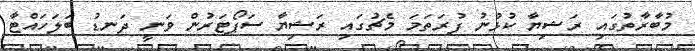
މުބާރާތުގައި ރަޝިޔާ ކުޅުނު ފުރަތަމަ މެޗުގައި ރަޝިޔާ ސަޕޯޓަރުން ވަނީ ދަނޑު ބަލަހައްޓާ